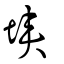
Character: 埉